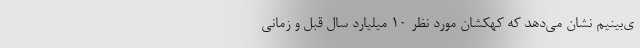
ی‌بینیم نشان می‌دهد که کهکشان مورد نظر ۱۰ میلیارد سال قبل و زمانی